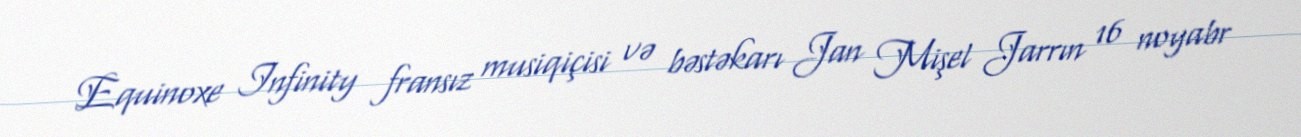
Equinoxe Infinity fransız musiqiçisi və bəstəkarı Jan Mişel Jarrın 16 noyabr